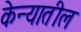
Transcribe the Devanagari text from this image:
केन्यातील